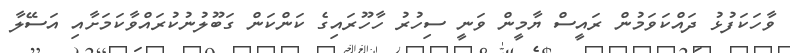
ވާހަކަފުޅު ދައްކަވަމުން ރައީސް ޔާމީން ވަނީ ސިހުރު ހާހޫރައިގެ ކަންކަން ގަބޫލުނުކުރައްވާކަމަށާއި އަސޭލާ